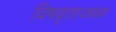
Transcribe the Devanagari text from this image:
विषवृताजवळ